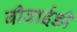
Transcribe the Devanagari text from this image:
बीवाईडी